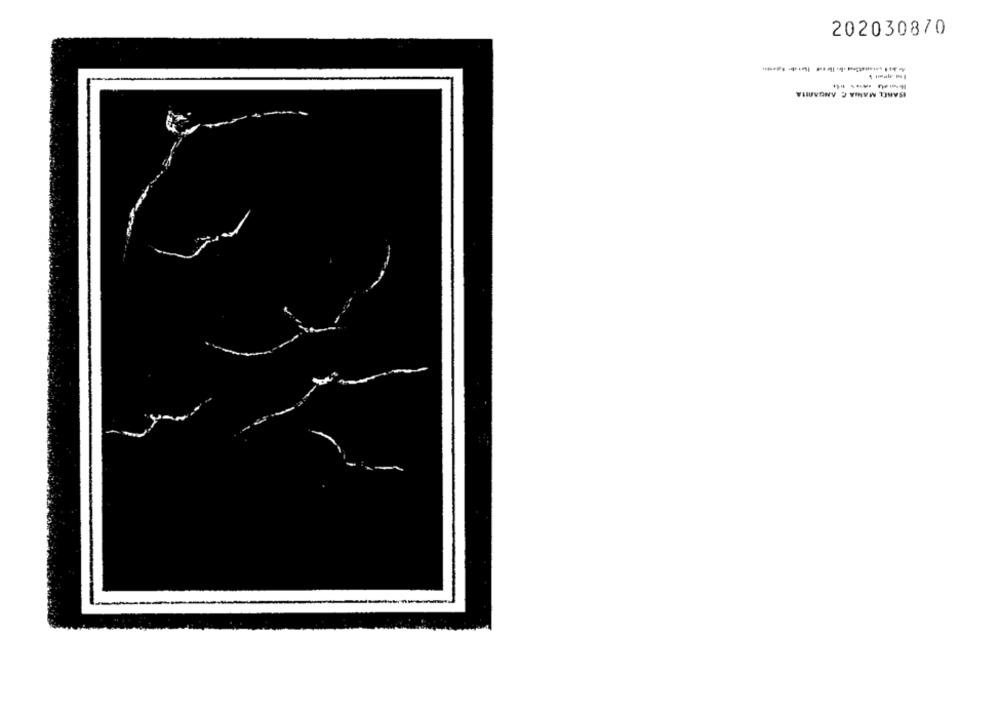
202030870
ISABEL MANIA C ANGARITA